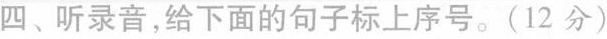
四、听录音,给下面的句子标上序号.(12 分)